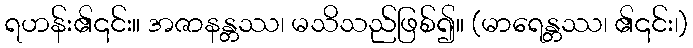
ရဟန်း၏၎င်း။ အဇာနန္တဿ၊ မသိသည်ဖြစ်၍။ (မာရေန္တဿ၊ ၏၎င်း၊)